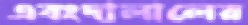
এবংদালালের